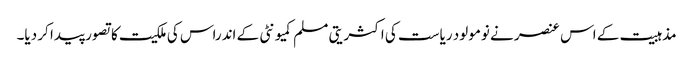
مذہبیت کے اس عنصر نے نومولود ریاست کی اکثریتی مسلم کمیونٹی کے اندراس کی ملکیت کا تصور پیدا کر دیا۔